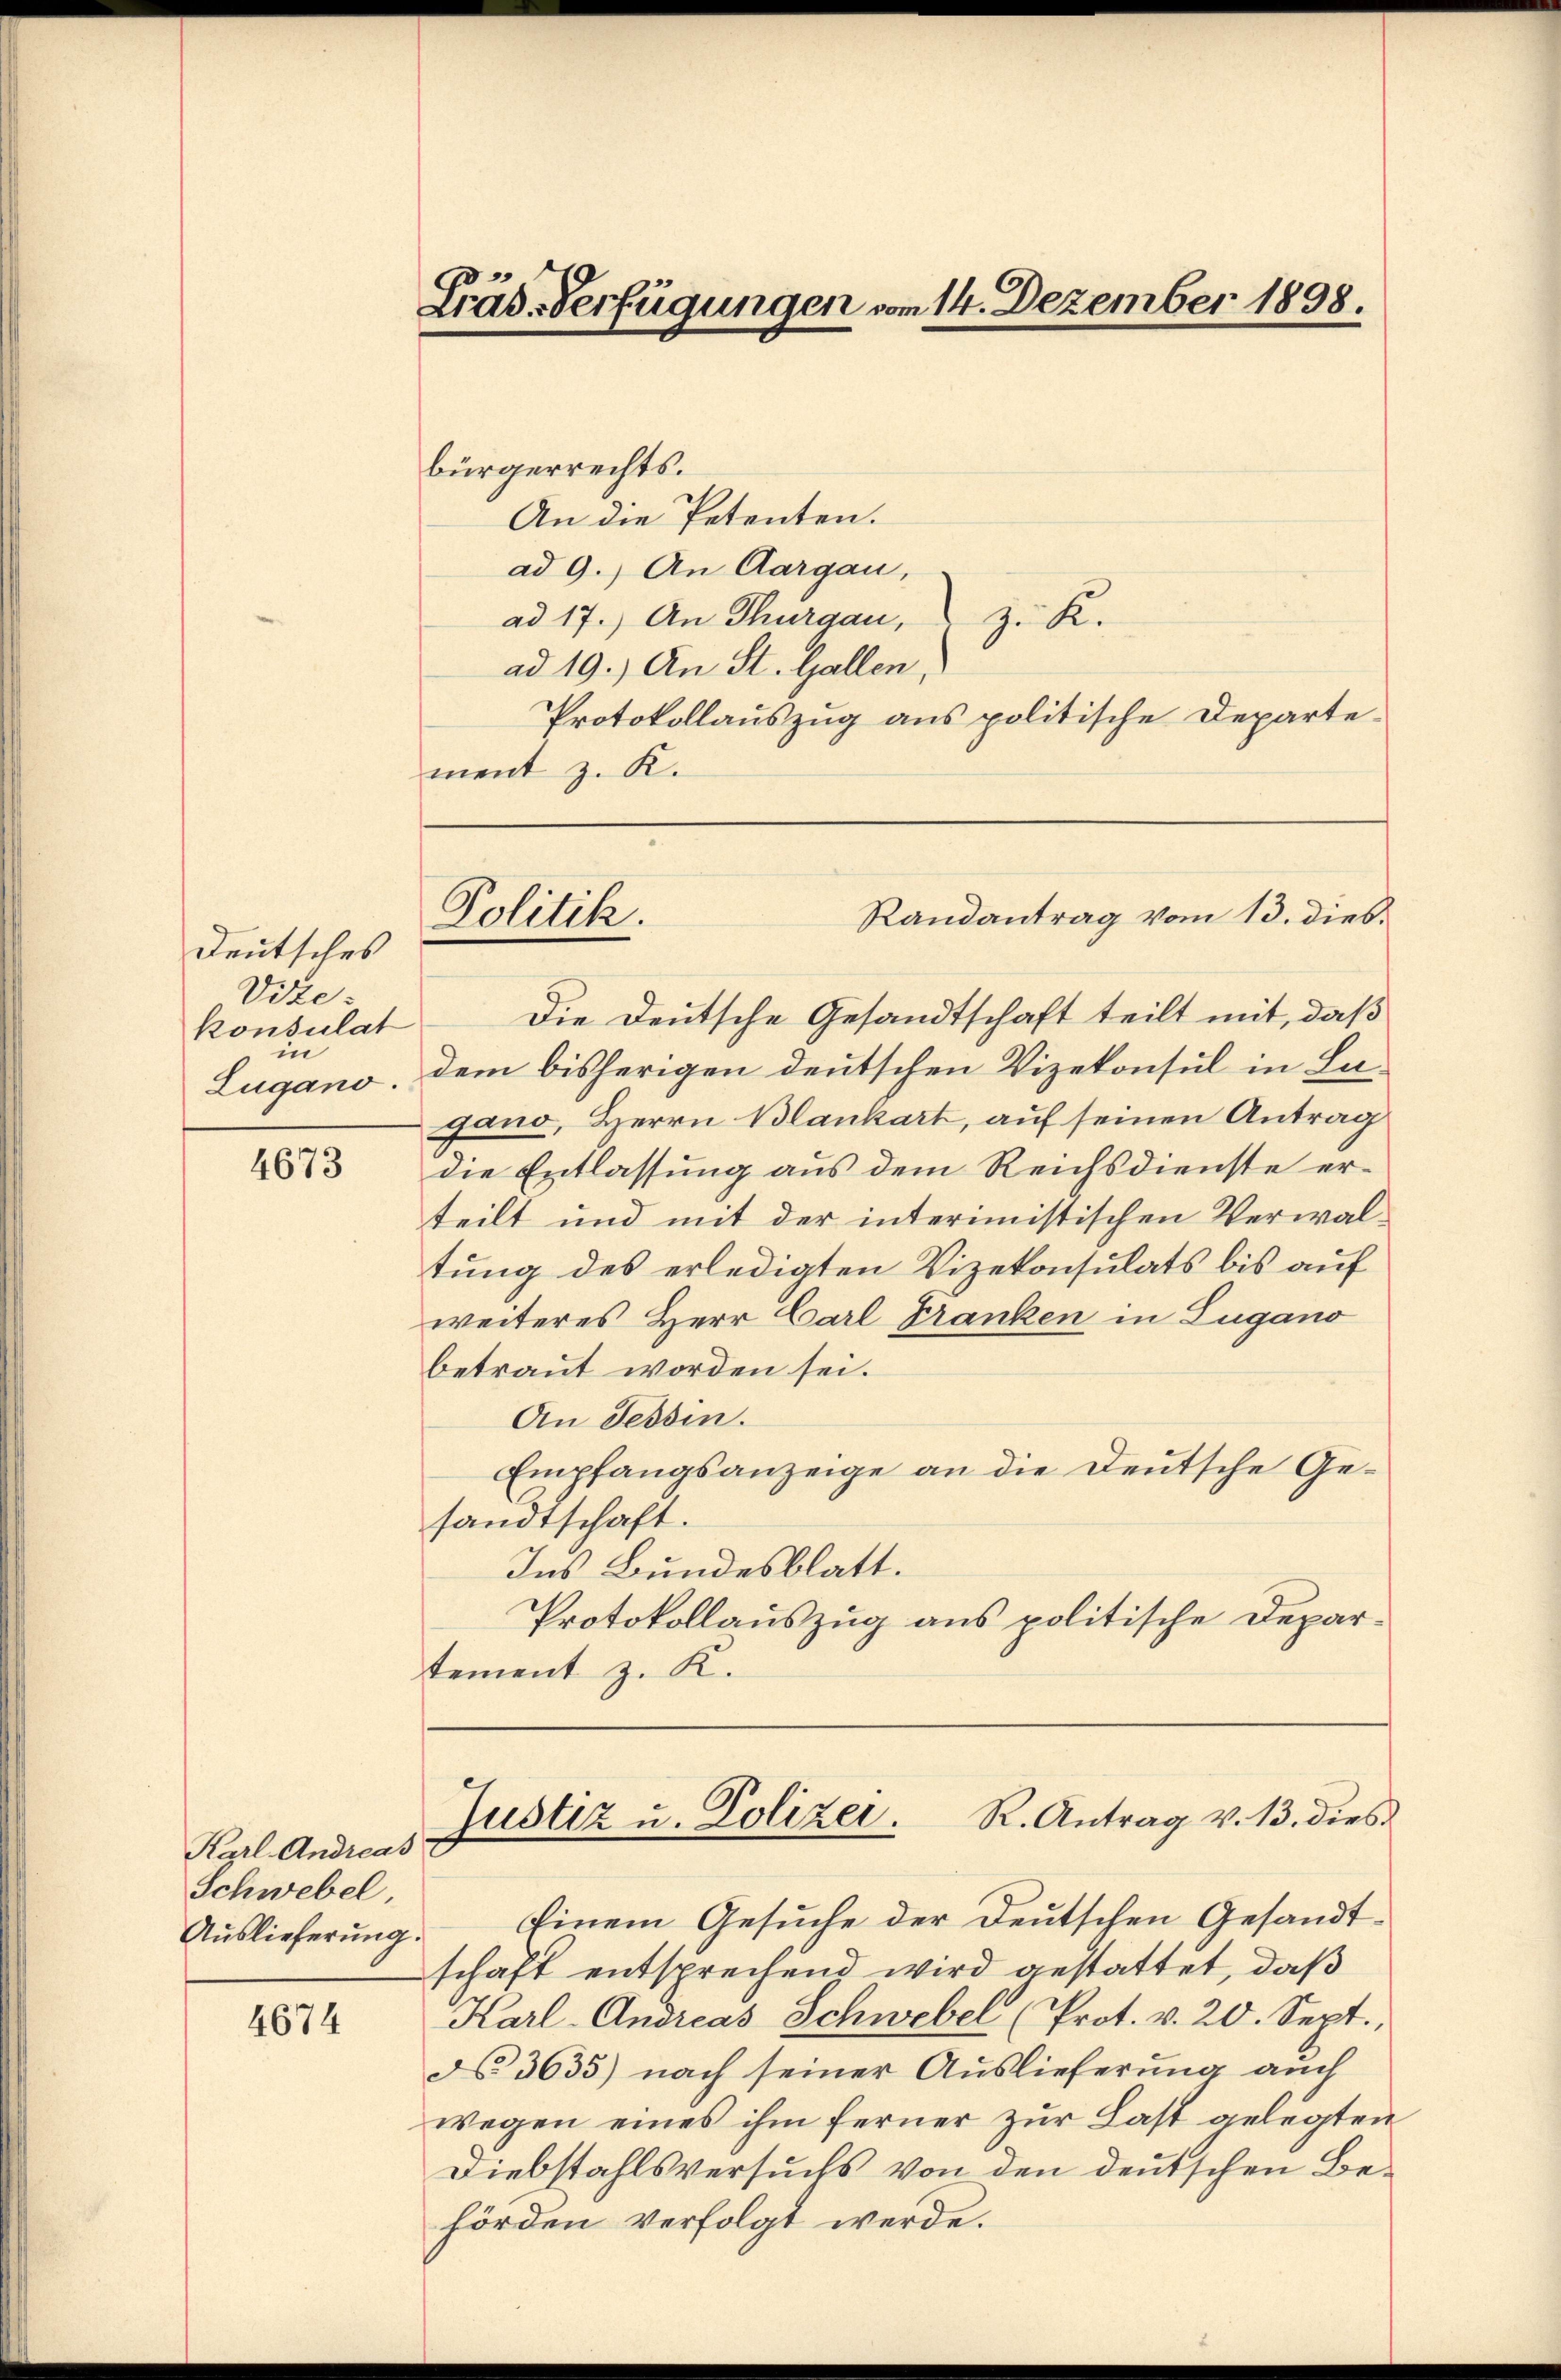
Deutsches
Vite:
konsulat
in
Zugano.

4673

Karl Andreas
Schwebel
Auslieferung.

4674

Lräs. Verfügungen vom 14. Dezember 1898.

bürgerrechts.
An die Petenten.
ad 9.) An Aargau,
ad 17. An Thurgau, z. K.
ad 19.) An St. Gallen,
Protokollauszug aus politische Departement z. K.

Randantrag vom 13. dies.
Politik.

Die Deutsche Gesandtschaft teilt mit, daß
dem bisherigen deutschen Vizekonsul in La-
gano, Herrn Blankart, auf seinen Antrag
die Entlassung aus dem Reichsdienste erteilt und mit der intermistischen Verwaltung des erledigten Vizekonsulats bis auf
weiteres Herr Carl Franken in Zugano
betraut worden sei.
An Tessin.
Empfangsanzeige an die Deutsche Gesandtschaft.
Ins Bundesblatt.
Protokollauszug aus politische Depar-
tement z. K.
Justiz u. Polizer. R. Antrag v. 13. dies
Einem Gesuche der Deutschen Gesandtschaft entsprechend wird gestattet, daß
Karl- Andreas Schwebel (Prot. v. 20. Sept.,
d 3635) nach seiner Auslieferung auch
wegen eines ihm ferner zur Last gelegten
Diebstahlsversuchs von den deutschen Behörden verfolgt werde.